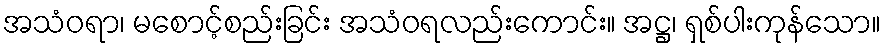
အသံဝရာ၊ မစောင့်စည်းခြင်း အသံဝရလည်းကောင်း။ အဋ္ဌ၊ ရှစ်ပါးကုန်သော။